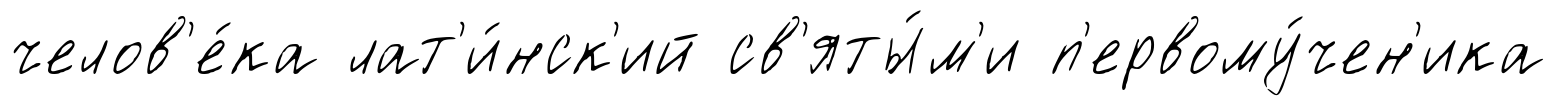
челов'е́ка лат'и́нск'ий св'яты́м'и п'ервому́чен'ика